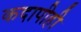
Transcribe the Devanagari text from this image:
कदापीही